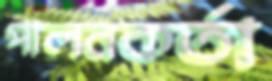
পালনকর্তা